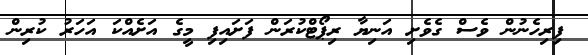
ފިރިހެނުން ވެސް ގެވެށި އަނިޔާ ރިޕޯޓްކުރަން ފަށައިފި މީގެ އަށެއްކަ އަހަރު ކުރިން